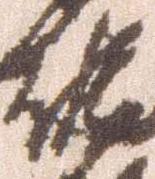
佐